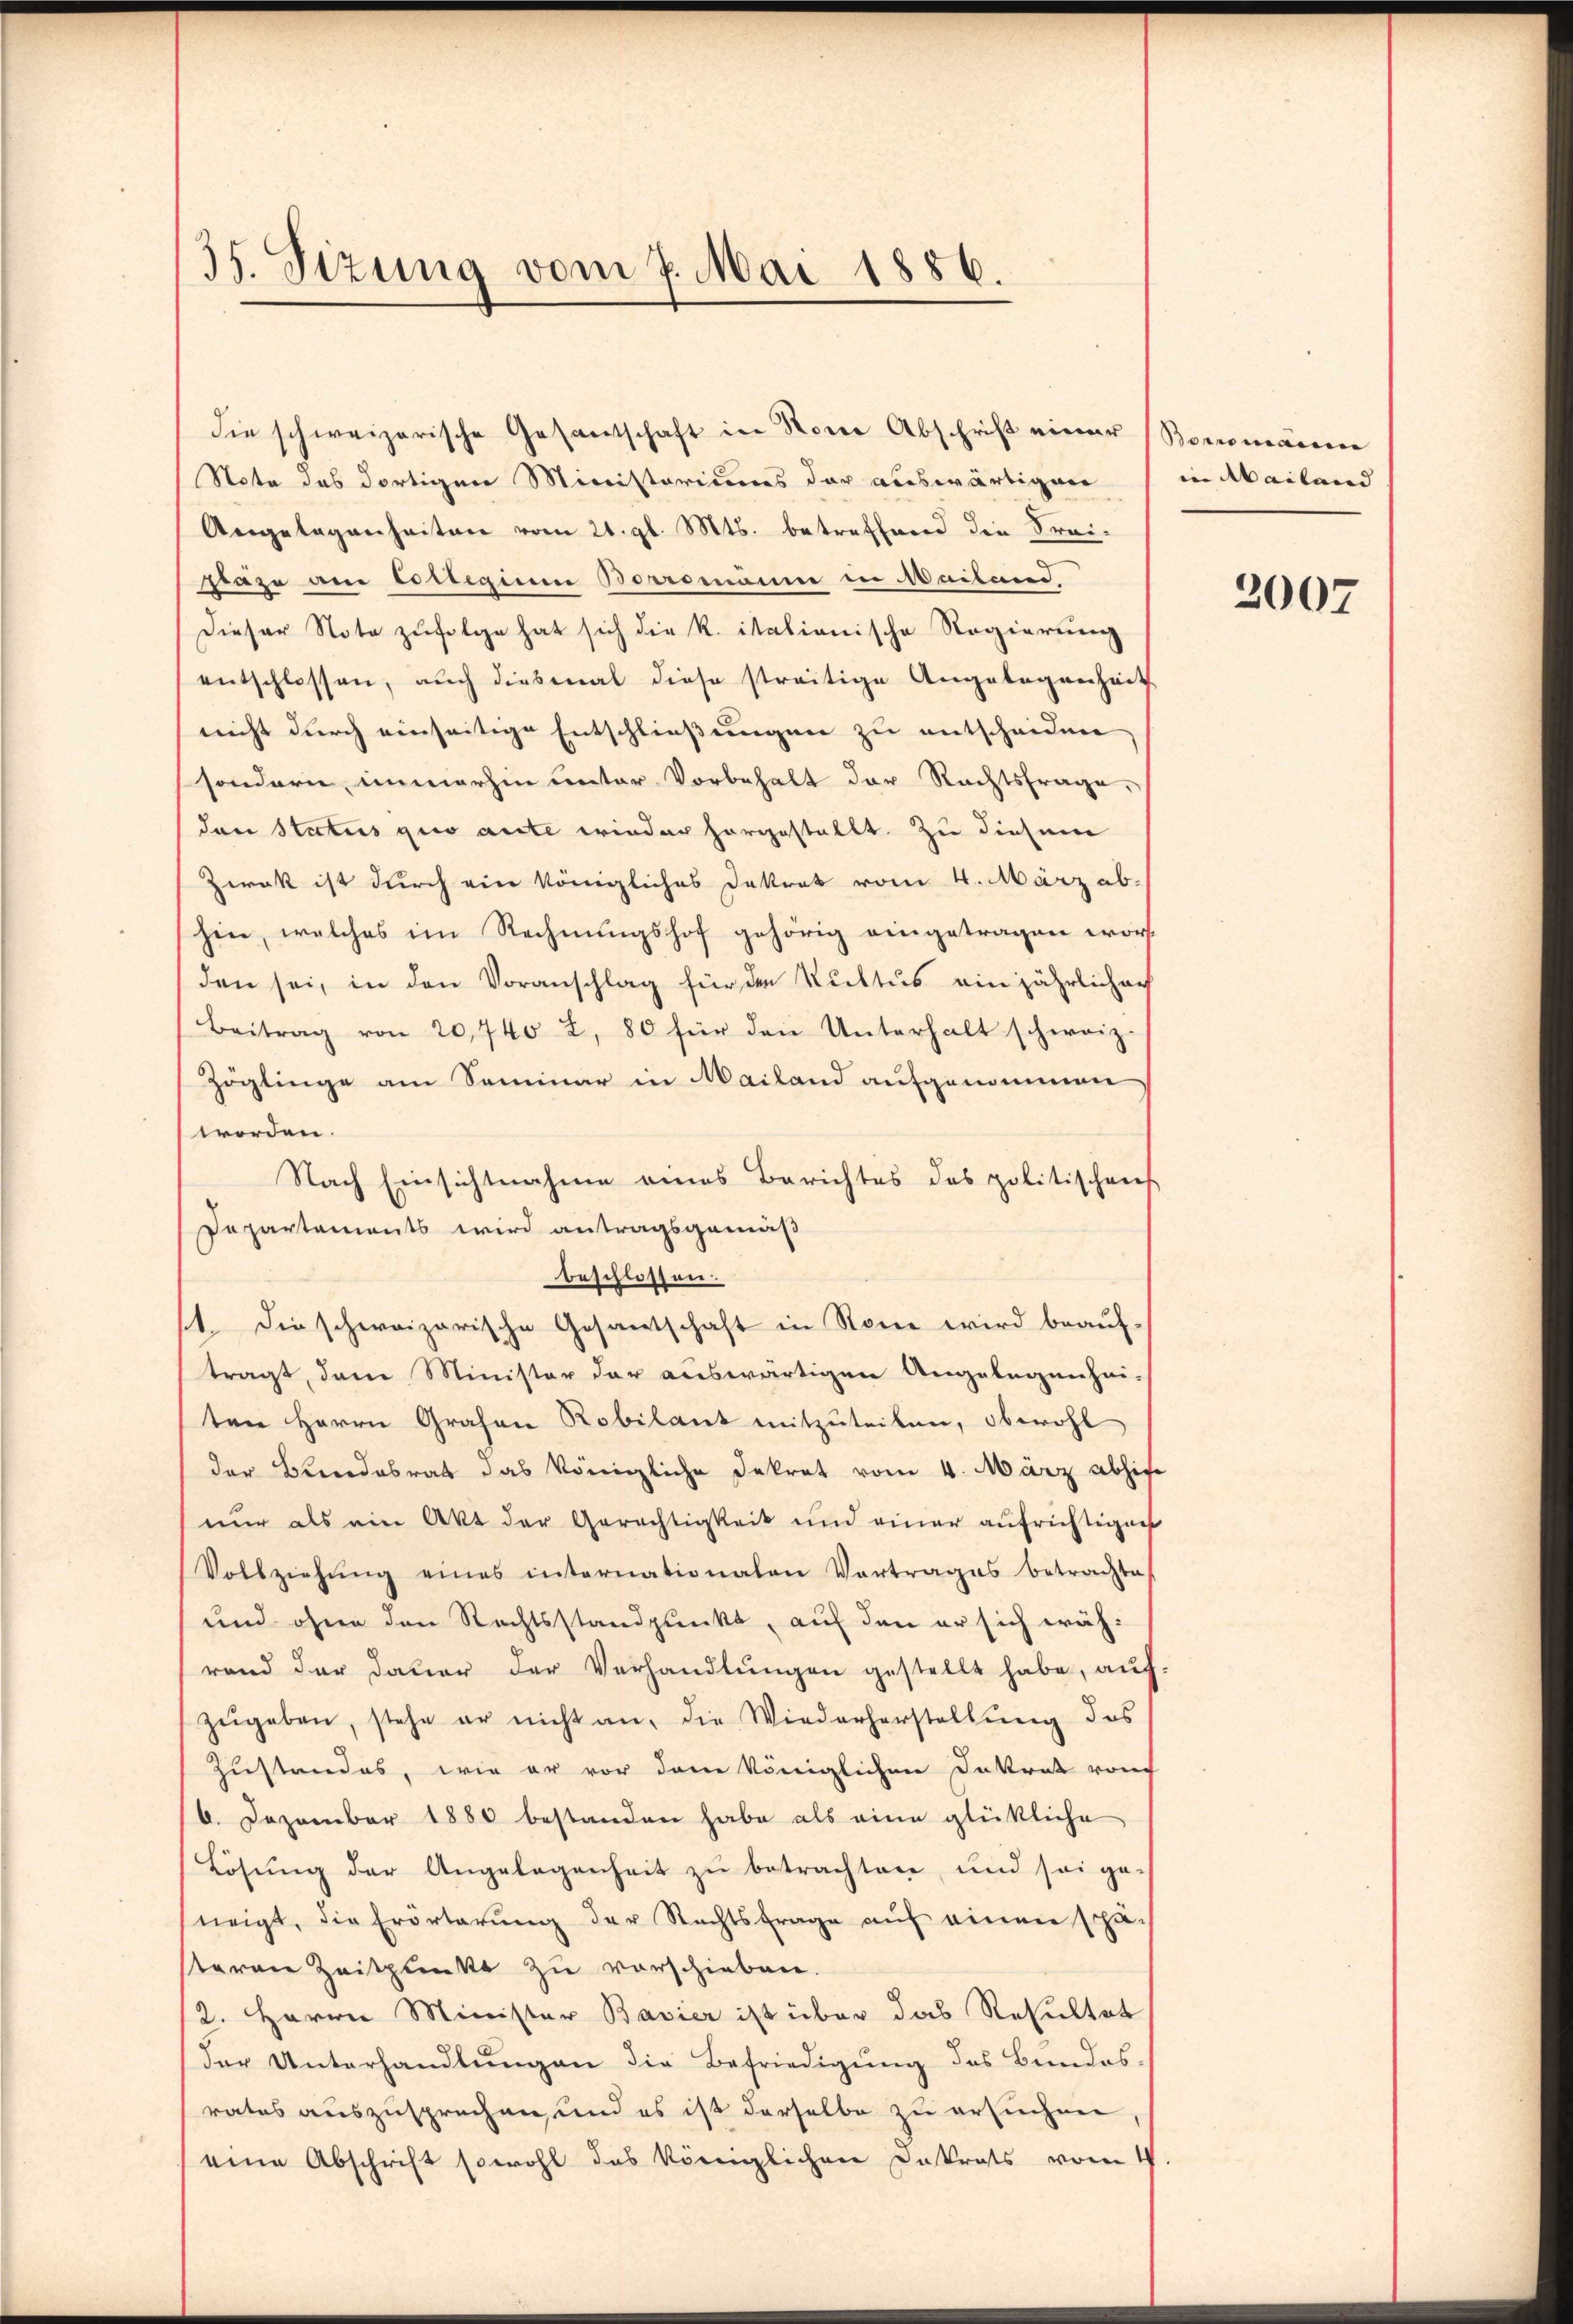
35. Sizung vom 7. Mai 1886.

die schweizerische Gesandtschaft in Name Abschrift einer Boromanenen
Note des dortigen Ministeriums der auswärtigen
Angelagenheiten vom 21. gl. Mts. betreffend die Freifräge am Collegium Borrsmänni in Mailand
Dieser Note zufolge hat sich die K. itationische Regierung
entschlossen, auch diesmal diese streitige Angelegenheit
nicht durch einseitige Entschließungen zu entscheiden
sondern, immerhin unter Vorbehalt der Rechtsfrage,
dann Status quo aute wieder horgestellt. Zu diesem
Zwek ist durch ein königliches Dekret vom 4. März ab-
hin, welches im Rechnungshof gehörig eingetragen worden sei, in den Voranschlag für den Kultus einjährlich auf
Beitrag von 20,740 2, 80 für den Unterhalt schweiz.
Zöglinge am Seminar in Mailand aufgenommen
worden.
Nach Einsichtnahme eines Berichtes des politischens
Departements wird antragsgemäß
beschlossen.
1. Die schweizerische Gesantschaft in Rone wird beauftragt, den Minister der auswärtigen Angelegenhei-
ten Herrn Grafen Robilant mitzuteilen, obwohl
der Bundesrat das königliche Dekret vom 4. März abhise
nur als ein Akt der Gerechtigkeit und einer aufrichtigen
Vollziehŭng eines internationalen Vortrages betrachtes
und ohne den Rechtsstandpunkt, auf den er sich wäh-
rend der dauer der Verhandlŭngen gestellt habe, auf
zŭgeben, stehe er nicht an, die Wiederherstellung des
Zustandes, wie er vor dem königlichen Dekret von
6. Dezember 1880 bestanden habe als eine glückliche
Lösŭng der Angelegenheit zŭ betrachten, und sei ge-
neigt, die Erörterung der Rechtsfrage auf einen schä-
steren Zeitpunkt zu verschieben.
2. Herrn Minister Bavier ist über das Resultat
der Unterhandlungen die Befriedigung des Bundesrates auszusprechen, und es ist derselbe zu ersuchen
eine Abschrift sowohl das königlichen Datrats vom 1

in bailand |

2007